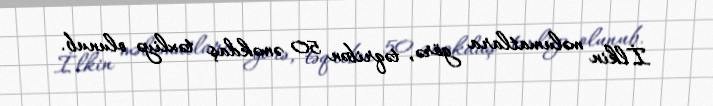
İlkin məlumatlara görə, təqribən 50 əməkdaş təxliyə olunub.